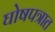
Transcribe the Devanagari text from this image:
घोषपत्रात